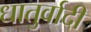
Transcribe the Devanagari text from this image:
धातुर्वादी